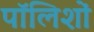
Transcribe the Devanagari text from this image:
पॉलिशों